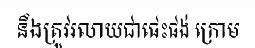
នឹងត្រូវរលាយជាផេះផង់ ក្រោម